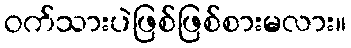
ဝက်သားပဲဖြစ်ဖြစ်စားမလား။